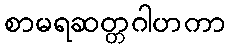
စာမရဆတ္တဂါဟကာ